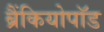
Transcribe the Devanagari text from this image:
ब्रैंकियोपॉड